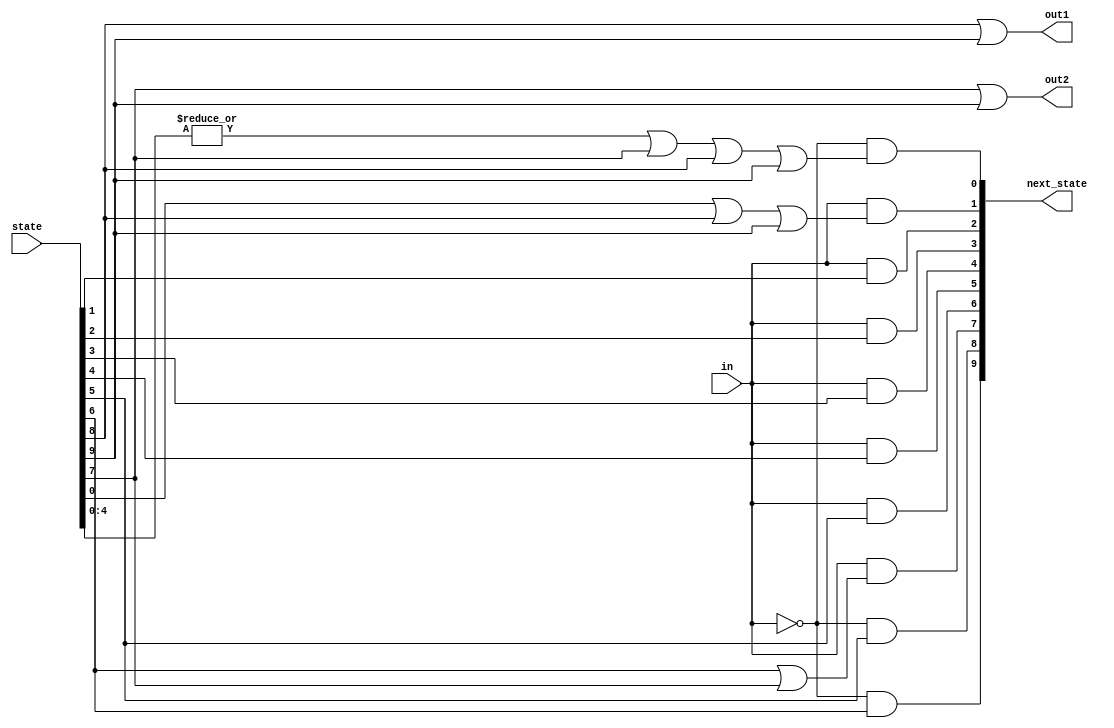
// This program was cloned from: https://github.com/milind7777/VerilogDocGen
// License: MIT License

module fsm_onehot (
  input in,
  input [9:0] state,
  output [9:0] next_state,
  output out1,
  output out2
);

  assign out1 = state[8] | state[9];
  assign out2 = state[7] | state[9];

  assign next_state[0] = !in && (|state[4:0] | state[7] | state[8] | state[9]);
  assign next_state[1] = in && (state[0] | state[8] | state[9]);
  assign next_state[2] = in && state[1];
  assign next_state[3] = in && state[2];
  assign next_state[4] = in && state[3];
  assign next_state[5] = in && state[4];
  assign next_state[6] = in && state[5];
  assign next_state[7] = in && (state[6] | state[7]);
  assign next_state[8] = !in && state[5];
  assign next_state[9] = !in && state[6];


endmodule